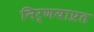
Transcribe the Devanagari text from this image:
निर्णयाप्रत